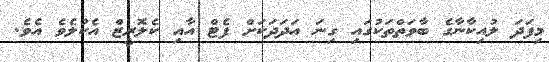
މިފަދަ ލުއިކާނާގެ ބާވަތްތަކުގައި ގިނަ އަދަދަކަށް ފެޓް އާއި ކެލޮރީޒް އެކުލެވެ އެވެ.